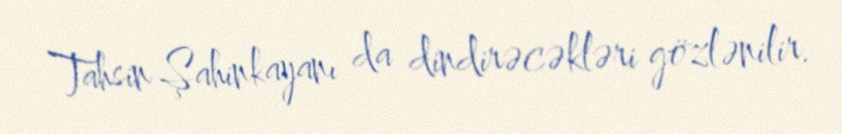
Tahsin Şahinkayanı da dindirəcəkləri gözlənilir.